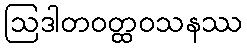
ဩဒါတဝတ္ထဝသနဿ